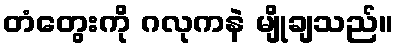
တံတွေးကို ဂလုကနဲ မျိုချသည်။